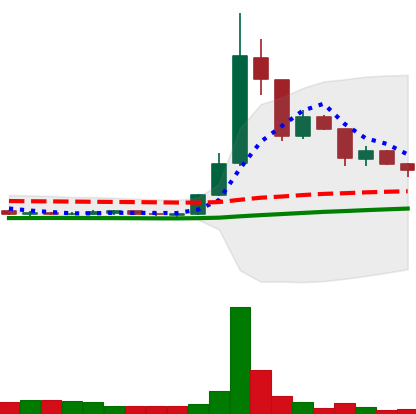
Ticker: DOGE-USD
Chart end date: 2020-07-16
Forward return: 10.351%
Label: up_7plus